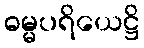
ဓမ္မပရိယေဋ္ဌိ